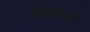
રસિકોએ